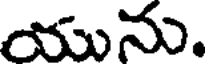
యును.